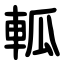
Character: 軱